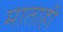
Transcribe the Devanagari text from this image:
माताही